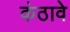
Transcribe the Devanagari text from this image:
कंठावे